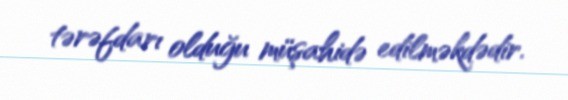
tərəfdarı olduğu müşahidə edilməkdədir.